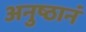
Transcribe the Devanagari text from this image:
अनुष्ठानं